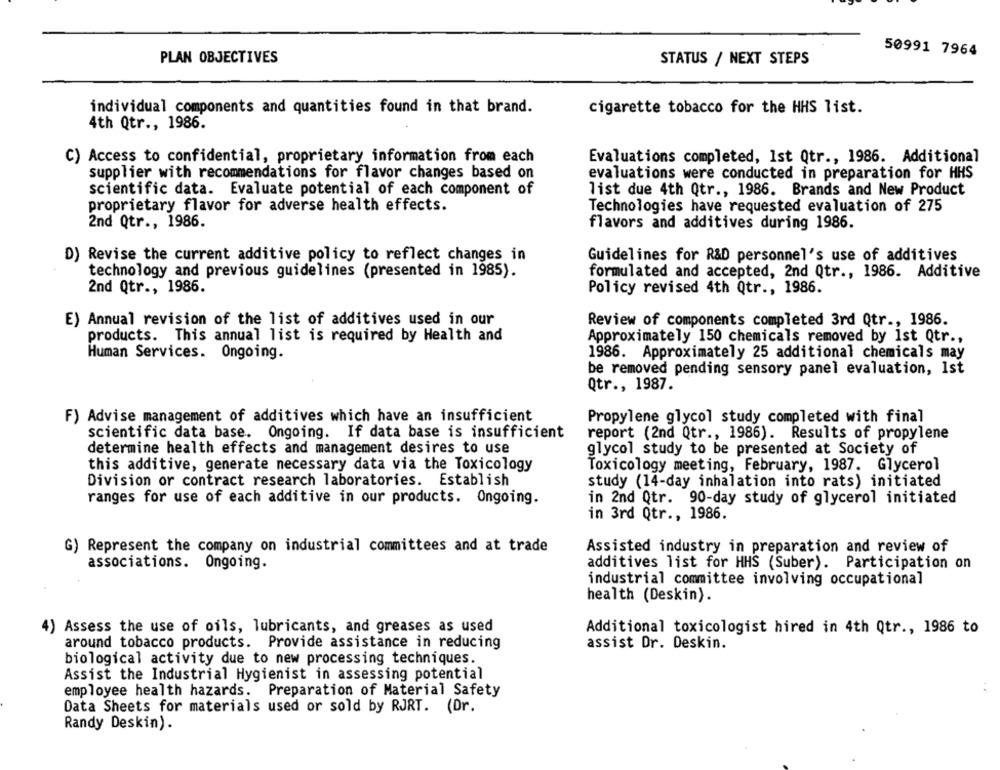
50991 7964
PLAN OBJECTIVES
STATUS / NEXT STEPS
individual components and quantities found in that brand.
cigarette tobacco for the HHS list.
4th Qtr ., 1986.
C) Access to confidential, proprietary information from each
Evaluations completed, Ist Qtr ., 1986. Additional
supplier with recommendations for flavor changes based on
evaluations were conducted in preparation for HHS
scientific data. Evaluate potential of each component of
list due 4th Qtr ., 1986. Brands and New Product
proprietary flavor for adverse health effects.
Technologies have requested evaluation of 275
2nd Qtr ., 1986.
flavors and additives during 1986.
D) Revise the current additive policy to reflect changes in
Guidelines for R&D personnel's use of additives
technology and previous guidelines (presented in 1985).
formulated and accepted, 2nd Qtr ., 1986. Additive
2nd Qtr ., 1986.
Policy revised 4th Qtr ., 1986.
E) Annual revision of the list of additives used in our
Review of components completed 3rd Qtr ., 1986.
products. This annual list is required by Health and
Approximately 150 chemicals removed by 1st Qtr .,
Human Services. Ongoing.
1986. Approximately 25 additional chemicals may
be removed pending sensory panel evaluation, Ist
Qtr ., 1987.
F) Advise management of additives which have an insufficient
Propylene glycol study completed with final
scientific data base. Ongoing. If data base is insufficient
report (2nd Qtr ., 1986). Results of propylene
determine health effects and management desires to use
glycol study to be presented at Society of
this additive, generate necessary data via the Toxicology
Toxicology meeting, February, 1987. Glycerol
Division or contract research laboratories. Establish
study (14-day inhalation into rats) initiated
ranges for use of each additive in our products. Ongoing.
in 2nd Qtr. 90-day study of glycerol initiated
in 3rd Qtr ., 1986.
G) Represent the company on industrial committees and at trade
Assisted industry in preparation and review of
associations. Ongoing.
additives list for HHS (Suber). Participation on
industrial committee involving occupational
health (Deskin).
Assess the use of oils, lubricants, and greases as used
Additional toxicologist hired in 4th Qtr ., 1986 to
around tobacco products. Provide assistance in reducing
assist Dr. Deskin.
biological activity due to new processing techniques.
Assist the Industrial Hygienist in assessing potential
employee health hazards. Preparation of Material Safety
Data Sheets for materials used or sold by RJRT. (Dr.
Randy Deskin).